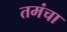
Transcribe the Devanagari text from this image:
तमंचा